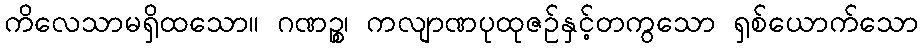
ကိလေသာမရှိထသော။ ဂဏဉ္စ၊ ကလျာဏပုထုဇဉ်နှင့်တကွသော ရှစ်ယောက်သော